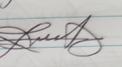
Signature authenticity: genuine